Leaving Certificate Examination (including Day School Certificate (Higher) General paper), 1939
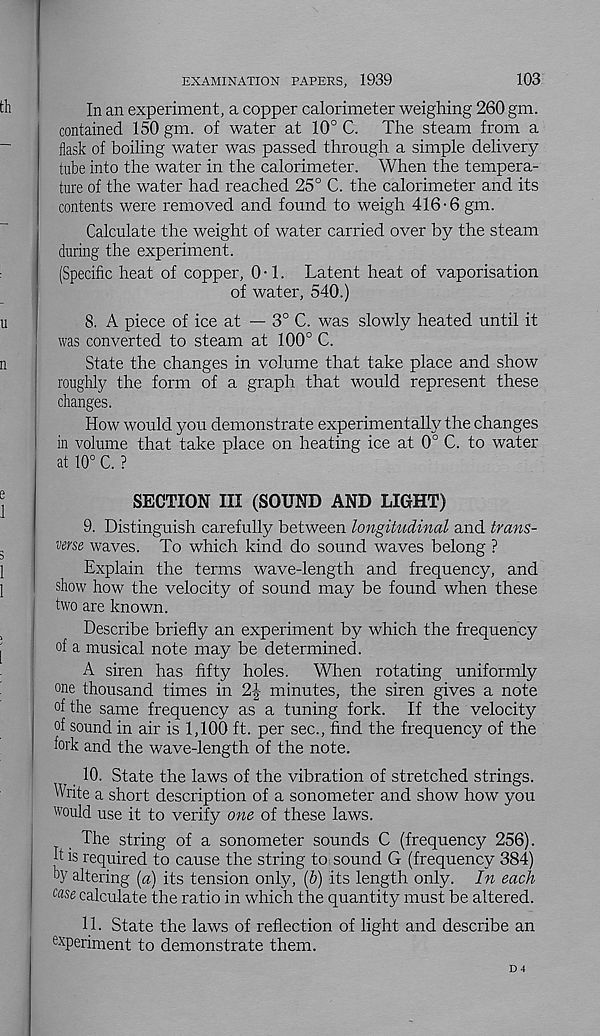
103
EXAMINATION PAPERS, 1939
In an experiment, a copper calorimeter weighing 260 gm.
contained 150 gm. of water at 10° C. The steam from a
flask of boiling water was passed through a simple delivery
tube into the water in the calorimeter. When the tempera-
ture of the water had reached 25° C. the calorimeter and its
contents were removed and found to weigh 416-6 gm.
Calculate the weight of water carried over by the steam
during the experiment.
(Specific heat of copper, 0 • 1. Latent heat of vaporisation
of water, 540.)
8. A piece of ice at — 3° C. was slowly heated until it
was converted to steam at 100° C.
State the changes in volume that take place and show
roughly the form of a graph that would represent these
dianges.
How would you demonstrate experimental^ the changes
in volume that take place on heating ice at 0° C. to water
at 10° C. ?
SECTION III (SOUND AND LIGHT)
9. Distinguish carefully between longitudinal and trans-
verse waves. To which kind do sound waves belong ?
Explain the terms wave-length and frequency, and
show how the velocity of sound may be found when these
two are known.
Describe briefly an experiment by which the frequency
of a musical note may be determined.
A siren has fifty holes.
When rotating uniformly
one thousand times in 2J minutes, the siren gives a note
of the same frequency as a tuning fork. If the velocity
of sound in air is 1,100 ft. per sec., find the frequency of the
fork and the wave-length of the note.
10. State the laws of the vibration of stretched strings.
Write a short description of a sonometer and show how you
would use it to verify one of these laws.
The string of a sonometer sounds C (frequency 256).
E is required to cause the string to sound G (frequency 384)
oy altering (a) its tension only, (6) its length only. In each
case calculate the ratio in which the quantity must be altered.
11 • State the laws of reflection of light and describe an
ex periment to demonstrate them.